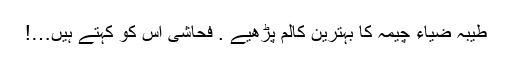
طیبہ ضیاء چیمہ کا بہترین کالم پڑھیے . فحاشی اس کو کہتے ہیں…!